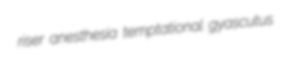
riser anesthesia temptational gyascutus